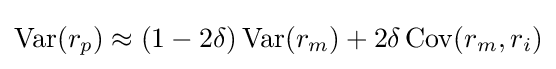
\operatorname {Var} (r_{p})\approx (1-2\delta )\operatorname {Var} (r_{m})+2\delta \operatorname {Cov} (r_{m},r_{i})